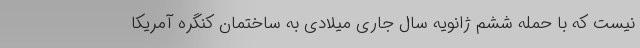
نیست که با حمله ششم ژانویه سال جاری میلادی به ساختمان کنگره آمریکا